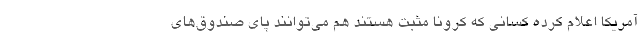
آمریکا اعلام کرده کسانی که کرونا مثبت هستند هم می‌توانند پای صندوق‌های